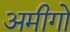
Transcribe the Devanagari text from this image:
अमीगो